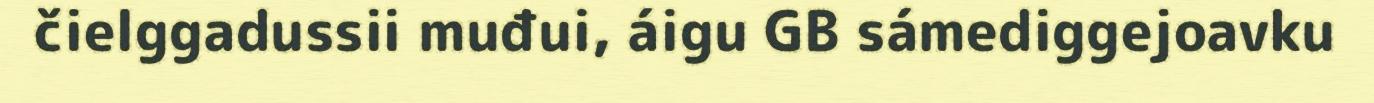
čielggadussii muđui, áigu GB sámediggejoavku